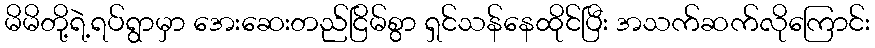
မိမိတို့ရဲ့ရပ်ရွာမှာ အေးဆေးတည်ငြိမ်စွာ ရှင်သန်နေထိုင်ပြီး အသက်ဆက်လိုကြောင်း